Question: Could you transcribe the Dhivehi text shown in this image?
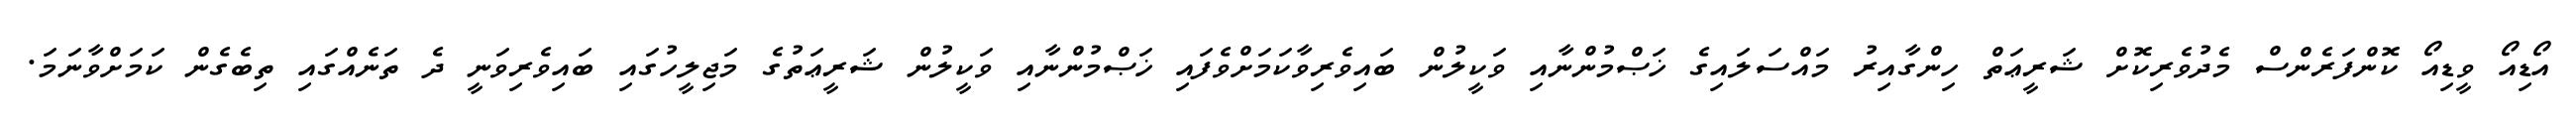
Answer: އޯޑިއޯ ވީޑިއޯ ކޮންފަރެންސް މެދުވެރިކޮށް ޝަރީޢަތް ހިންގާއިރު މައްސަލައިގެ ޚަޞްމުންނާއި ވަކީލުން ބައިވެރިވާކަމަށްވެފައި ޚަޞްމުންނާއި ވަކީލުން ޝަރީޢަތުގެ މަޖިލީހުގައި ބައިވެރިވަނީ ދެ ތަނެއްގައި ތިބެގެން ކަމަށްވާނަމަ.